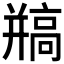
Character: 𩫐